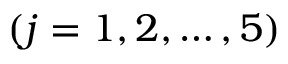
( j = 1 , 2 , \ldots , 5 )